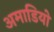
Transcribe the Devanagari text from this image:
अमाडियो